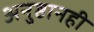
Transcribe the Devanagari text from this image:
अनुष्ठानही